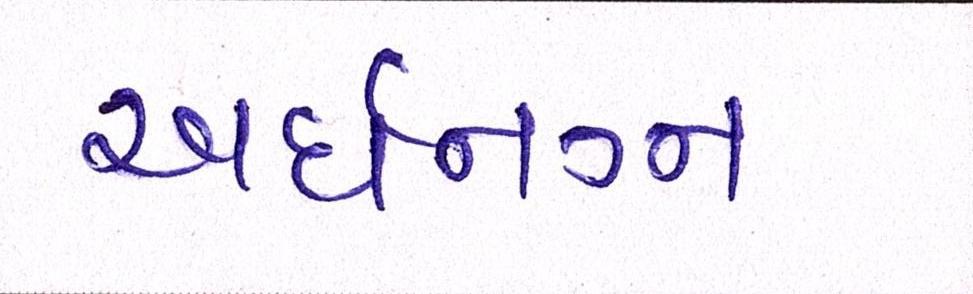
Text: અર્ધનગ્ન